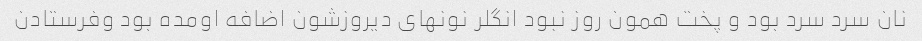
نان سرد سرد بود و پخت همون روز نبود انگلر نونهای دیروزشون اضافه اومده بود وفرستادن